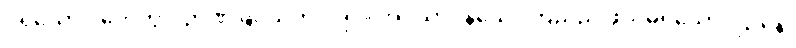
ပရိယောဂါဟေတွာ၊ ဉာဏ်ဖြင့်သက်ဝင်၍။ အပ္ပသာဒနိယေ၊ ကြည်ညိုဖွယ်မရှိသော။ ဌာနေ၊